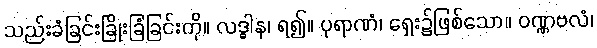
သည်းခံခြင်းခြိုးခြံခြင်းကို။ လဒ္ဓါန၊ ရ၍။ ပုရာဏံ၊ ရှေး၌ဖြစ်သော။ ဝဏ္ဏဗလံ၊